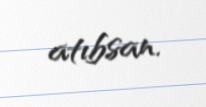
atıbsan.